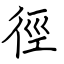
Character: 徑